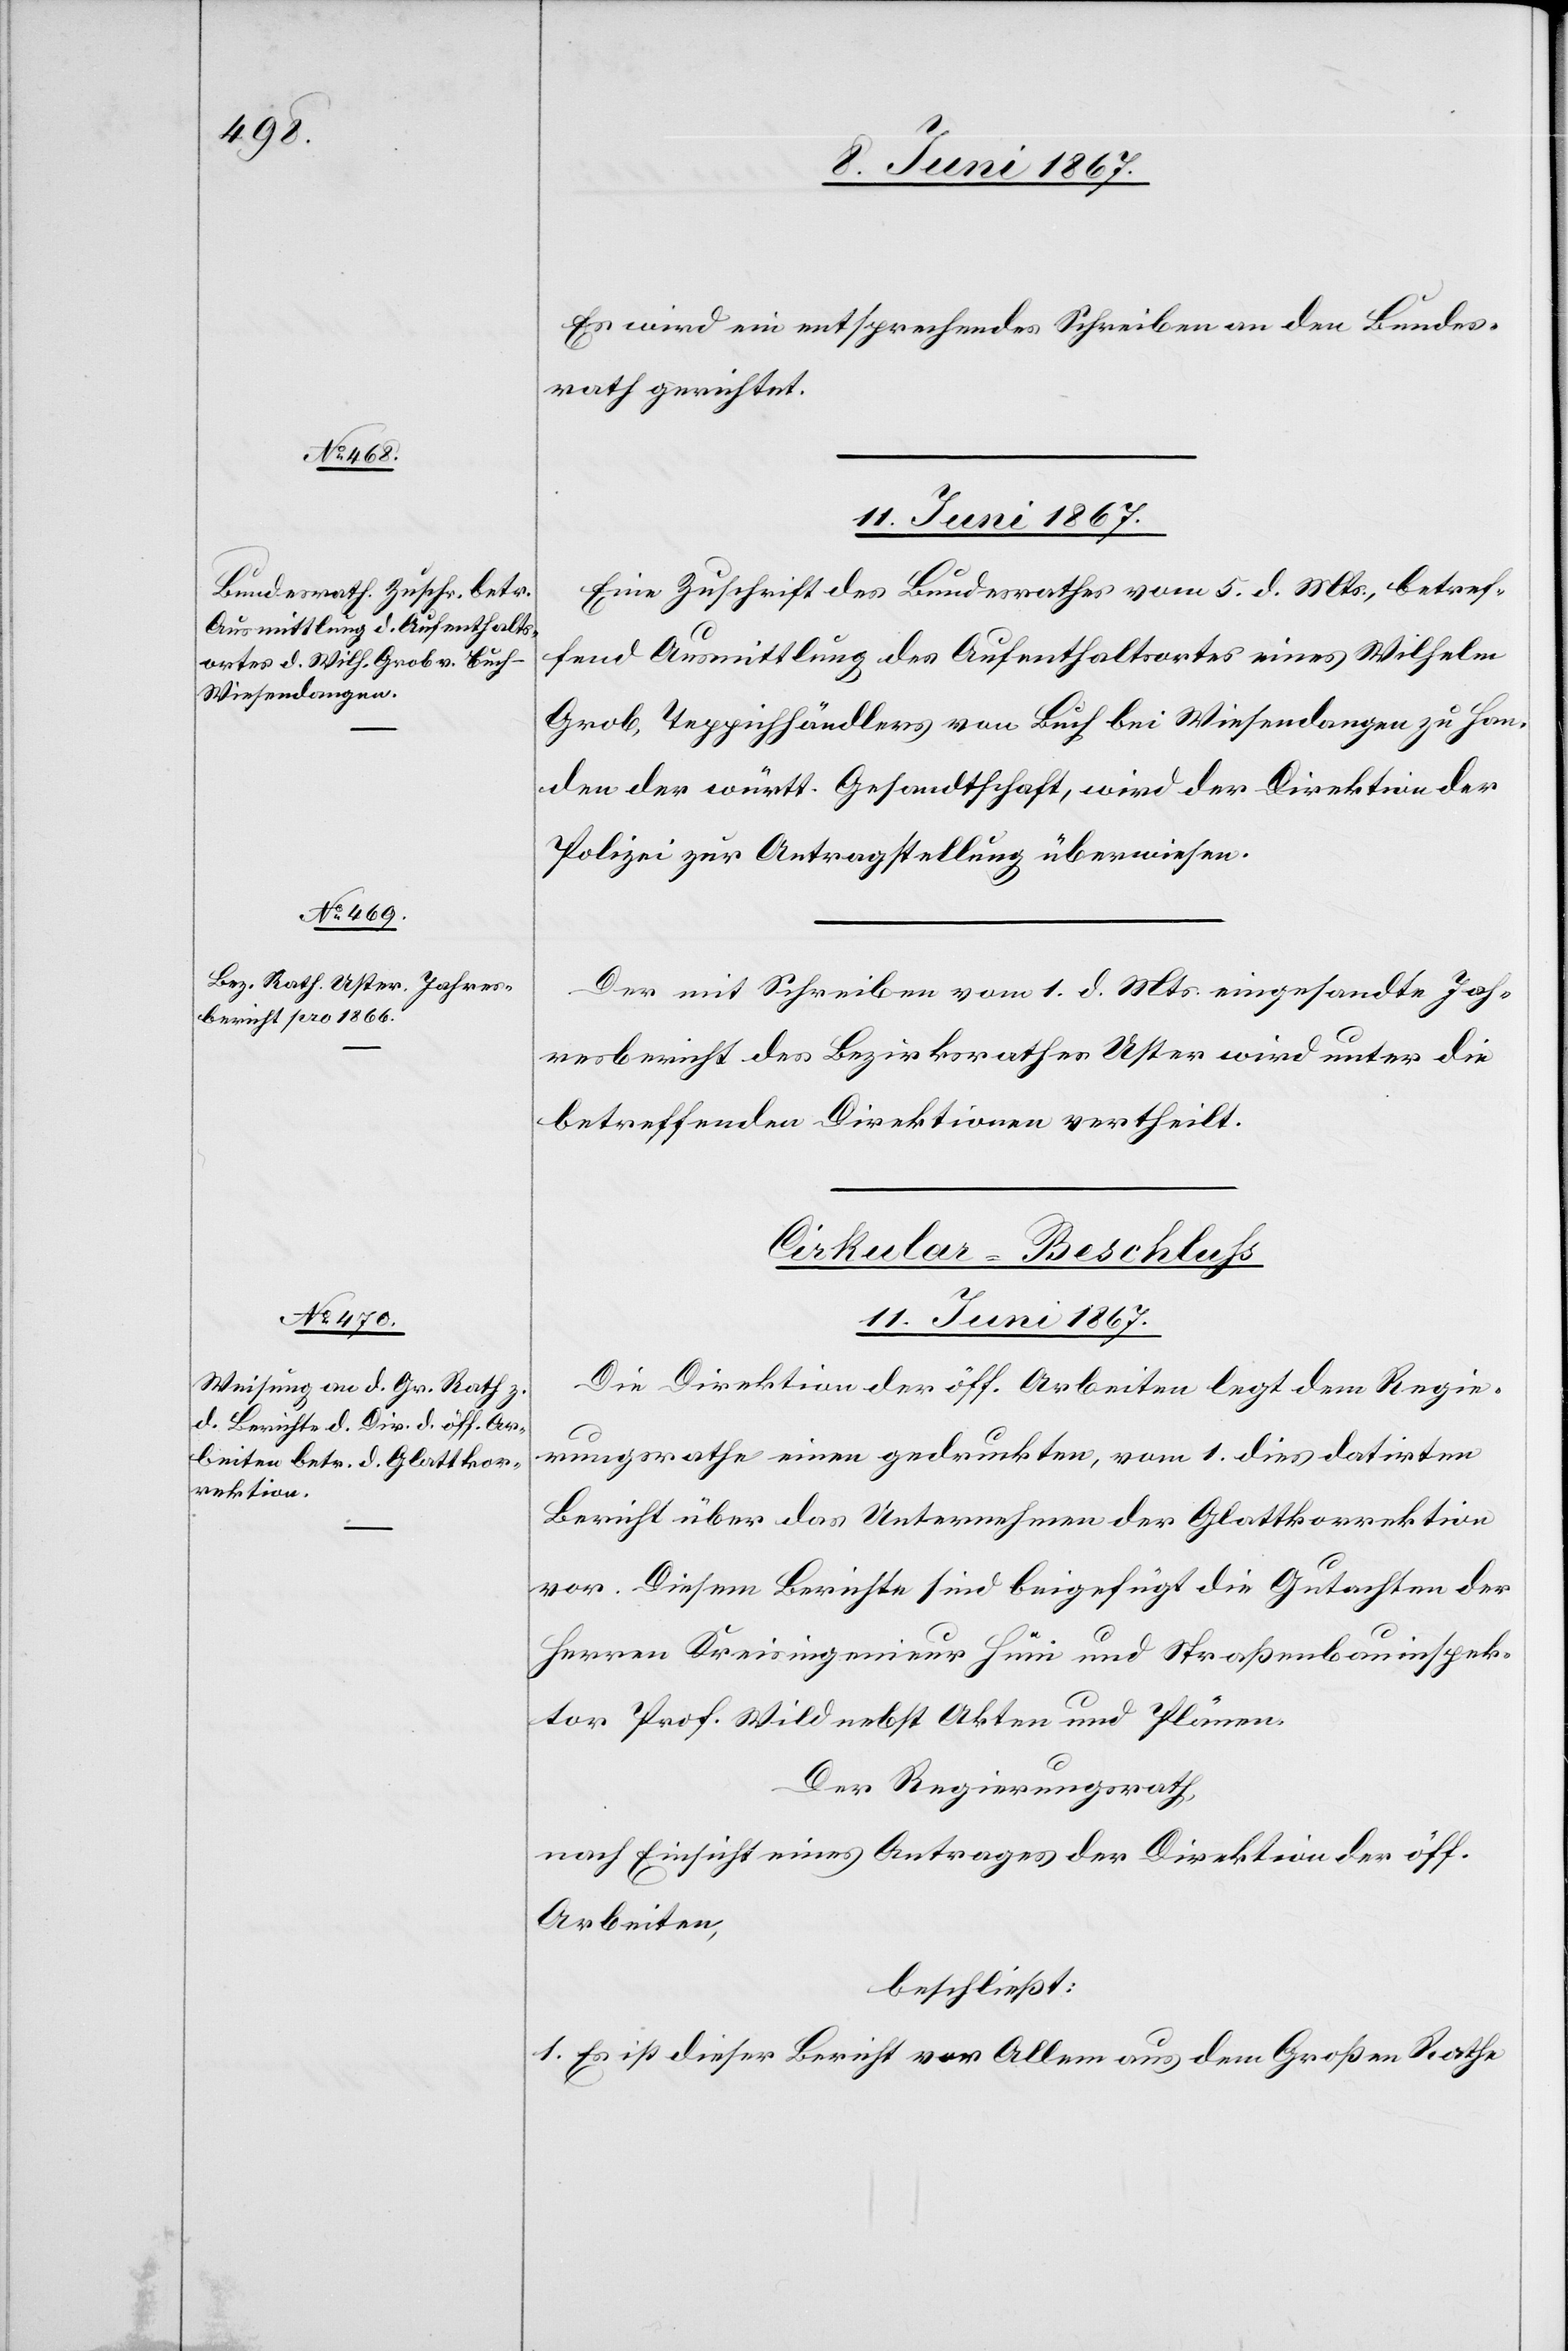
Es wird ein entsprechendes Schreiben an den Bundes¬
rath gerichtet.
11. Juni 1867.
Eine Zuschrift des Bundesrathes vom 5. d. Mts., betref¬
fend Ausmittlung des Aufenthaltsortes eines Wilhelm
Grob, Teppichhändlers von Buch bei Wiesendangen zu Han¬
den der württ. Gesandtschaft, wird der Direktion der
Polizei zur Antragstellung überwiesen.
Der mit Schreiben vom 1. d. Mts. eingesandte Jah¬
resbericht des Bezirksrathes Uster wird unter die
betreffenden Direktionen vertheilt.
Cirkular-Beschluss
11. Juni 1867.
Die Direktion der öff. Arbeiten legt dem Regie¬
rungsrathe einen gedruckten, vom 1. dies datirten
Bericht über das Unternehmen der Glattkorrektion
vor. Diesem Berichte sind beigefügt die Gutachten der
Herren Kreisingenieur Hüni und Straßenbauinspek¬
tor Prof. Wild nebst Akten und Plänen.
Der Regierungsrath,
nach Einsicht eines Antrages der Direktion der öff.
Arbeiten,
beschließt:
1. Es ist dieser Bericht vor Allem aus dem Großen Rathe